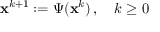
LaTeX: \mathbf { x } ^ { k + 1 } : = \Psi ( \mathbf { x } ^ { k } ) \, , \quad k \geq 0